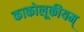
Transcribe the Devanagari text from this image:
काकोलूकीयम्